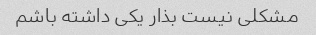
مشکلی نیست بذار یکی داشته باشم